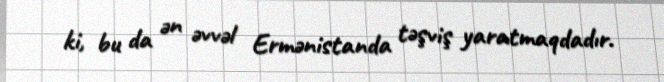
ki, bu da ən əvvəl Ermənistanda təşviş yaratmaqdadır.